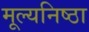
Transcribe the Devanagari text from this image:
मूल्यनिष्ठा